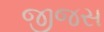
જીજસ